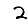
Digit: 2